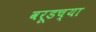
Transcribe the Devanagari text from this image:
वरूडच्या